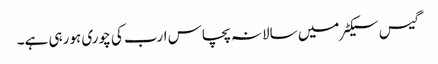
گیس سیکٹر میں سالانہ پچاس ارب کی چوری ہورہی ہے۔